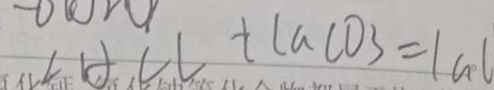
\angle A C l + C a C O 3 = 1 a l